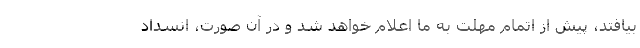
بیافتد، پیش از اتمام مهلت به ما اعلام خواهد شد و در آن صورت، انسداد